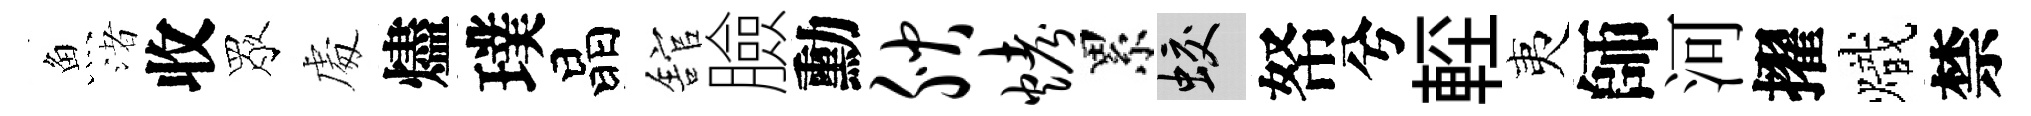
魚渚收眾䖏燼璞晶舘臉勳腴烤累蛟帑兮䡖夷師河擢熾禁